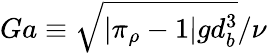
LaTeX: Ga\equiv\sqrt{\left|\pi_{\rho}-1\right|gd_{b}^{3}}/\nu